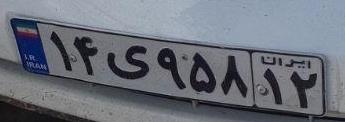
۱۴ی۹۵۸۱۲